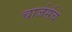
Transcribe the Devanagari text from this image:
चार्जर्सचे